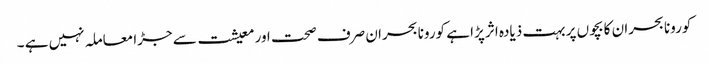
کورونا بحران کا بچوں پر بہت ذیادہ اثر پڑا ہے کورونا بحران صرف صحت اور معیشت سے جڑا معاملہ نہیں ہے ۔